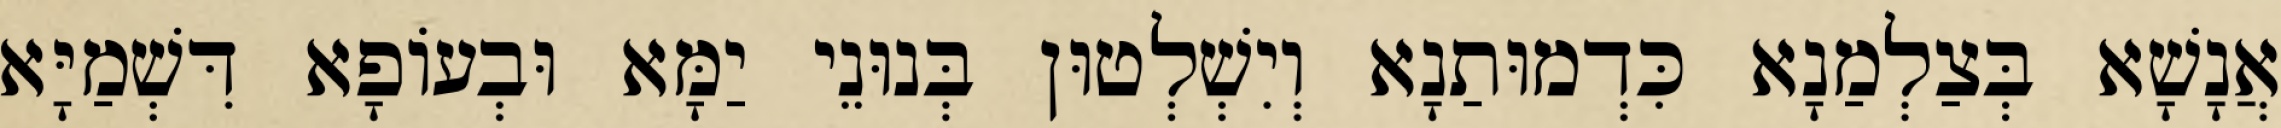
אֲנָשָׁא בְּצַלְמַנָא כִּדְמוּתַנָא וְיִשְׁלְטוּן בְּנוּנֵי יַמָּא וּבְעוֹפָא דִּשְׁמַיָּא